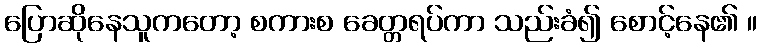
ပြောဆိုနေသူကတော့ စကားစ ခေတ္တရပ်ကာ သည်းခံ၍ စောင့်နေ၏ ။